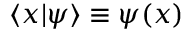
\langle x | \psi \rangle \equiv \psi ( x )